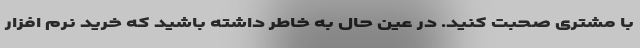
با مشتری صحبت کنید. در عین حال به خاطر داشته باشید که خرید نرم افزار